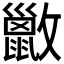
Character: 𫿢